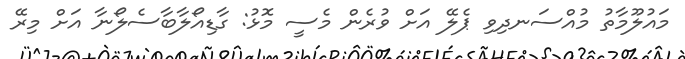
މައުލޫމާތު މުއްސަނދިވި ޕެލޭ އަށް ވުރެން މެސީ މޮޅު: ގާޑިއޯލާބާސެލޯނާ އަށް މިރޭ